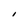
Character: I